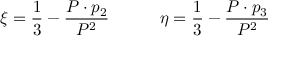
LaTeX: \xi = { \frac { 1 } { 3 } } - { \frac { P \cdot p _ { 2 } } { P ^ { 2 } } } \qquad \quad \eta = { \frac { 1 } { 3 } } - { \frac { P \cdot p _ { 3 } } { P ^ { 2 } } }